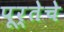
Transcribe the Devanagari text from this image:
पूर्तेचे